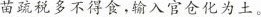
苗疏税多不得食，输入官仓化为土。